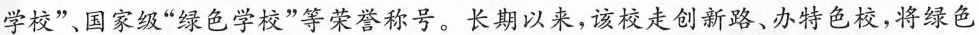
学校”，国家级”绿色学校”等荣誉称号。长期以来，该校走创断路，办特色校，将绿色